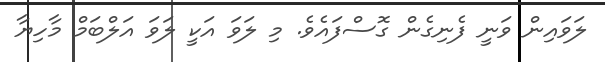
ލަވައިން ވަނީ ފެނިގެން ގޮސްފައެވެ. މި ލަވަ އަކީ ލަވަ އަލްބަމް މާހިޔާ